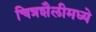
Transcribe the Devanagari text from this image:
चित्रशैलीमध्ये